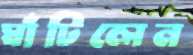
ঘাঁটিলেন